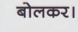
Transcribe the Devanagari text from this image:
बोलकर।